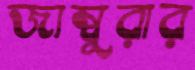
জাম্বুরার